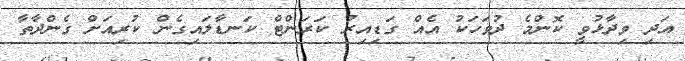
އަދި ވިދާޅުވީ ކޮންމެ ދުވަހަކު އެއް ގަޑިއިރު ކަރަންޓް ކަނޑާލައިގެން ކުރިއަށް ގެންދާތާ